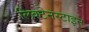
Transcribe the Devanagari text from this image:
लिक्टेनस्टाइन